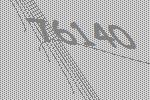
76140